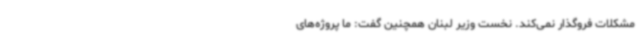
مشکلات فروگذار نمی‌کند. نخست وزیر لبنان همچنین گفت: ما پروژه‌های